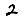
Digit: 2